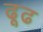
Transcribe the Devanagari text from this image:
ढूढ